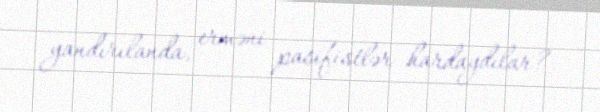
yandırılanda, erməni pasifistlər hardaydılar?.